Annual vaccination report of Bihar and Orissa - 1911-1928
Year: 1911
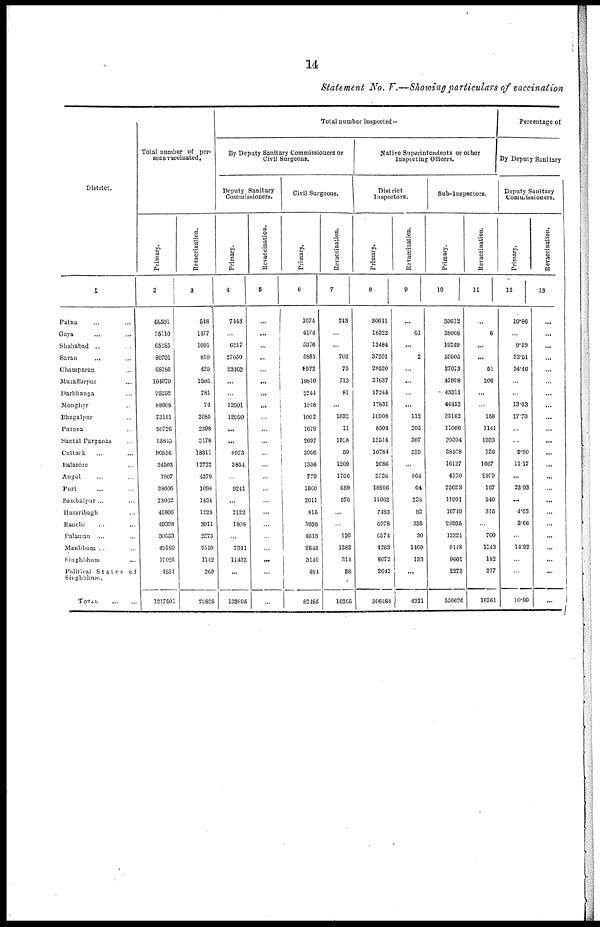
14
Statement No. V.—Showing particulars of vaccination
District.
1
Patna... ... ...
Gaya... ...
Shahsbad... ... ...
Saran... ... ...
Champaran... ...
Muzaffarpur... ...
Darbhanga... ...
Monghyr... ...
Bhagalpur... ...
Purnea... ...
Santal Parganas...
Cuttack... ...
Balasore... ...
Angul... ...
Puri... ...
Sambalpur... ...
Hazaribagh... ...
Ranchi... ...
Palamau... ...
Manbhum ... ...
Singhbhum ...
Political States of
Singhbhum.
TOTAL
...
...
Total number of per-
sons vaccinated.
Primary.
2
68501
75110
65185
80701
68186
104070
95252
88008
73151
50726
55845
90556
34503
7007
38606
23062
45806
49398
30553
49189
19025
4851
1217501
Revaccination.
3
548
1477
1091
810
425
1595
781
74
2085
2398
3178
18311
12722
4379
1098
1434
1224
3911
2375
9510
1142
260
70828
Total number inspected—
By Deputy Sanitary Commissioners or
Civil Surgeons.
Deputy Sanitary
Commissioners.
Primary.
4
7443
...
6217
27050
23462
...
...
12001
12950
...
...
8973
3854
...
9241
...
2122
1808
...
7341
11433
...
133895
Revaccination.
5
...
...
...
...
...
...
...
...
...
...
...
...
...
...
...
...
...
...
...
...
...
...
...
Civil Surgeons.
Primary.
6
1674
4104
5376
5881
8672
19810
2244
1848
1002
1679
2697
3906
1336
779
1960
2011
815
5936
4613
2548
3140
484
82485
Revaccination.
7
243
...
...
703
75
713
81
...
1632
11
1528
50
1200
1766
689
676
...
...
126
1382
314
58
10265
Native Superintendents or other
Inspecting Officers.
District
Inspectors.
Primary.
8
30611
18322
13484
37201
28520
21637
17244
17831
16908
8504
13514
10784
2686
3738
18806
11062
7483
6978
6574
4283
8072
2042
306484
Revaccination.
9
...
61
...
2
...
...
...
...
112
205
307
539
...
804
64
238
82
335
30
1409
133
...
4321
Sub-Inspectors.
Primary.
10
35612
38068
19249
59905
27073
42998
43311
44452
33162
11066
30304
38408
16127
4190
23623
11991
16749
20935
12321
9148
9601
2273
556626
Revaccination.
11
...
6
...
...
51
206
...
...
158
1141
1033
130
1667
2899
167
346
315
...
700
1143
182
217
10361
Percentage of
By Deputy Sanitary
Deputy Sanitary
Commissioners.
Primary.
12
10.86
...
9.49
33.51
34.40
...
...
13.63
17.70
...
...
9.90
11.17
...
23.93
...
4.63
3.66
...
14.92
...
...
10.99
Revaccination.
13
...
...
...
...
...
...
...
...
...
...
...
...
...
...
...
...
...
...
...
...
...
...
...